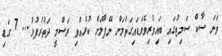
ވަނަ ސާކް ސަމިޓުގައި ބައިވެރިވެވަޑައިގަތުމަށް ނޭޕާލަށް ކުރެއްވި ރަސްމީ ދަތުރުފުޅު... 7 ގަޑި